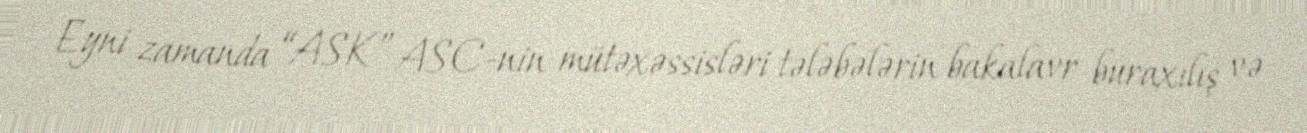
Eyni zamanda “ASK” ASC-nin mütəxəssisləri tələbələrin bakalavr buraxılış və